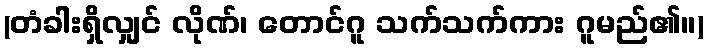
(တံခါးရှိလျှင် လိုဏ်၊ တောင်ဂူ သက်သက်ကား ဂူမည်၏။)